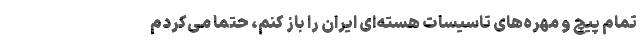
تمام پیچ و مهره‌های تاسیسات هسته‌ای ایران را باز کنم، حتما می‌کردم